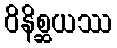
ဝိနိစ္ဆယဿ